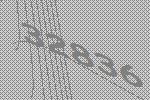
32836